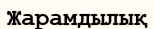
Жарамдылық